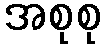
အစုစု